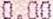
0.00